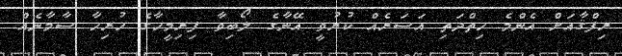
ރިފްޤާއަށް އެންމެ ހިތްދަތި އަސަރެއް ކުރުވީ އޭނާގެ ލޯބިވާ ފިރިމީހާގެ ހުރިހާ ސާމާނެއް